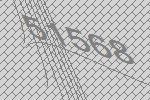
51568